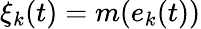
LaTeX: \xi_{k}(t)=m(e_{k}(t))